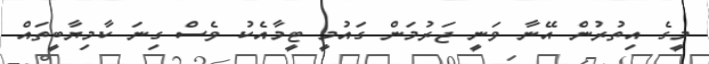
މީގެ އިތުރުން އޭނާ ވަނީ ޖަރުމަން ގައުމީ ޓީމާއެކު ވެސް ގިނަ ކާމިޔާބީތައް